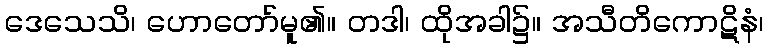
ဒေသေသိ၊ ဟောတော်မူ၏။ တဒါ၊ ထိုအခါ၌။ အသီတိကောဋိနံ၊